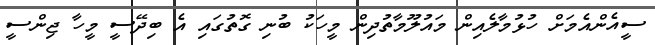
ސީއެންއެމަށް ހުޅުމާލެއިން މައުލޫމާތުދިން މީހަކު ބުނި ގޮތުގައި އެ ބިދޭސީ މީހާ ޖިންސީ